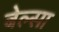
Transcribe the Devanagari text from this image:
बेल्सा